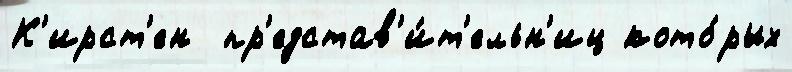
К'ирст'ен  пр'едстав'и́т'ельн'иц кото́рых